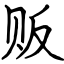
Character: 贩